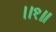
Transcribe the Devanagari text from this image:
।।१॥